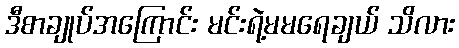
ဒီစာချုပ်အကြောင်း မင်းရဲ့မမရေချယ် သိလား